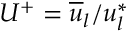
{ U } ^ { + } = \overline { { u } } _ { l } / u _ { l } ^ { * }